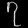
Digit: ၇